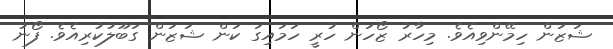
ޝަޒަން ހިމޭންވިއެވެ. މިހާރު ޒޯހަން ހުރީ ހަމައިގަ ކަން ޝަޒަން ގަބޫލުކުރިއެވެ. ފޯނު